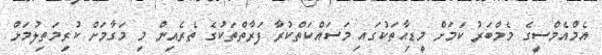
އެމްއެމްސީގެ މެމްބަރު ކަމަށް މީޑިއާތަކުގައި މަސައްކަތްކުރާ ފަރާތްތަކުގެ ތެރެއިން މި މަގާމަށް ކުރިމަތިލުމަށް